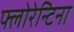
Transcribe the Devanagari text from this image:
फ्लोरेन्टिना